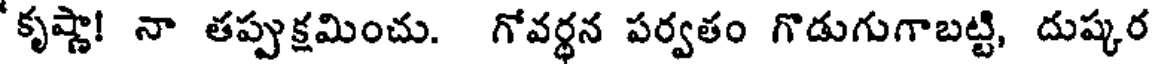
కృష్ణా! నా తప్పుక్షమించు. గోవర్థన పర్వతం గొడుగుగాబట్టి, దుష్కర